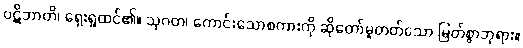
ပဋိဘာတိ၊ ရှေးရှုထင်၏။ သုဂတ၊ ကောင်းသောစကားကို ဆိုတော်မူတတ်သော မြတ်စွာဘုရား။